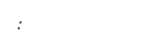
: